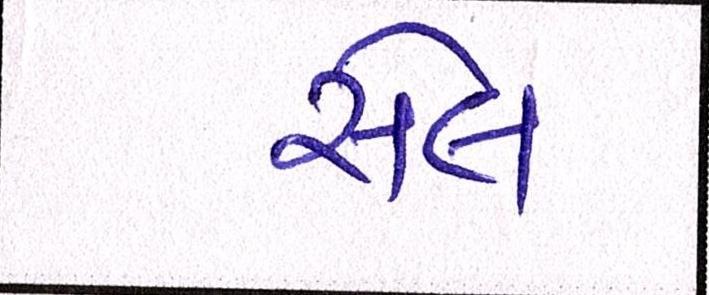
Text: સેલ